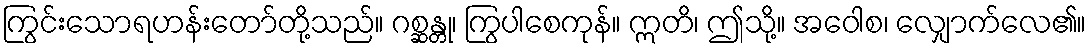
ကြွင်းသောရဟန်းတော်တို့သည်။ ဂစ္ဆန္တု၊ ကြွပါစေကုန်။ ဣတိ၊ ဤသို့။ အဝေါစ၊ လျှောက်လေ၏။